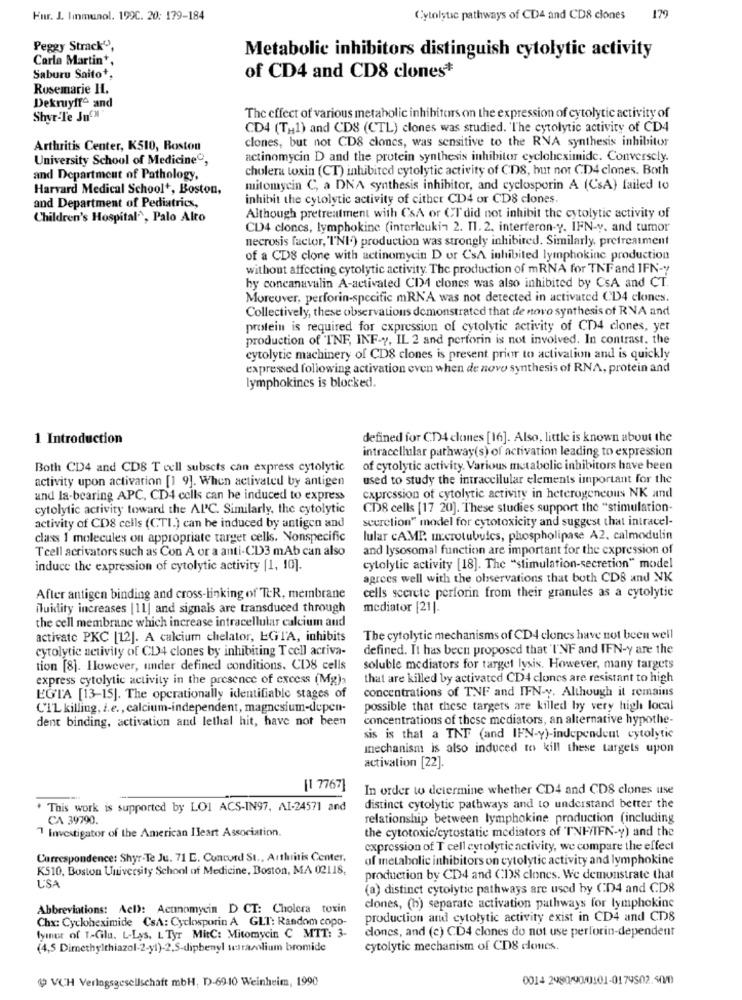
Hur. J. Immunol. 199C. 20: 179-184
Cytolytic pathways of CD4 and CDS clones 179
Peggy Strack",
Carla Martin *,
Metabolic inhibitors distinguish cytolytic activity
of CD4 and CD8 clones*
Saburu Saito+,
Rosemarie IL.
Dekruyff and
Shur-Te JnCM
The effect of various metabolic inhibitors on the expression of cytolytic activity of
CD4 (TH1) and CD8 (CTL) clones was studied. The cytolytic activity of CD4
clones, but not CDS clones, was sensitive to the RNA synthesis inhibitor
Arthritis Center, K510, Roston
University School of Medicine,
actinomycin D and the protein synthesis inhibitor cycloheximide. Conversely.
cholera toxin (CT) inhibited cytolytic activity of CDS, but not CD4 clones. Both
and Department of Pathology,
Harvard Medical School+, Boston,
mitomycin C, a DNA synthesis inhibitor, and cyclosporin A (CsA) failed to
inhibit the cytolytic activity of cither CD4 or CDS clones.
and Department of Pediatrics,
Children's Hospital, Palo Alto
Although pretreatment with CSA or CT did not inhibit the cytolytic activity of
CD4 clones, lymphokine (interleukin 2. 11. 2. interferon-Y. IFN-y. and tumor
necrosis factor, "INI.) production was strongly inhibited. Similarly, pretreatment
of a CD8 clone with actinomycin D or CsA inhibited lymphokine production
without affecting cytolytic activity. The production of mRNA for TNF and IFN-"
by concanavalin A-activated CD4 clones was also inhibited by CsA and CT.
Moreover, perforin-specific mRNA was not detected in activated CD4 clones.
Collectively, these observations demonstrated that de novo synthesis of RNA and
protein is required for expression of cytolytic activity of CD4 clones, yer
production of INF, INF-", IL 2 and perforin is not involved. In contrast. the
cytolytic machinery of CD8 clones is present prior to activation and is quickly
expressed following activation even when de novo synthesis of RNA, protein and
lymphokincs is blocked.
1 Introduction
defined for CT4 clones [16]. Also, little is known about the
intracellular pathway(s) of activation leading to expression
Both CD4 and CD8 T cell subsets can express cytolytic
of cytolytic activity. Various metabolic inhibitors have been
activity upon activation [1 9]. When activated by antigen
used to study the intraccilular elements important for the
und la-bearing APC, CD4 cells can he induced to express
expression of cytolytic activity in heterogeneous NK and
cytolytic activity toward the AIC. Similarly, the cytolytic
CD8 cells [17 20]. These studies support the "stimulation-
scurelion" model for cytotoxicity and suggest that intracel-
activity of CD8 cells (CTI.) can be induced by antigen and
class I molecules on appropriate target cells. Nonspecific
lular cAMP. m.crotubulcs, phospholipase A2. calmodulin
Tcell acrivators such as Con A or a anti-CD3 mAb can also
and lysosomal function are important for the expression of
induce the expression of cytolytic activity [1, 10].
cytolylic activity [18]. The "stimulation-secretion" model
agrees well with the observations that both CDB and NK
After antigen binding and cross-linking of TeR, membrane
cells scerete perforin from their granules as a cytolytic
fluidity increases [11] and signals are transduced through
mediator [21].
the cell membrane which increase intracellular calcium and
activate PKC [12]. A calcium chelator, EGIA, inhibits
The cytolytic mechanisms of CD4 clones have not been well
cytolytic activity of CD4 clones by inhibiting T cell activa-
defined. It has been proposed that 'I'NF and IFN-y are the
tion [8]. However, under defined conditions. CD8 cells
soluble mediators for target lysis. However, many targets
express cytolytic activity in the presence of excess (Mg)>
that are killed by activated CD4 clones are resistant to high
concentrations of TNF and IFN-y. Although it remains
EGTA [13-15]. The operationally identifiable stages of
CTL killing, i.e ., calcium-independent, magnesium-depen-
possible that these targets are killed by very high local
dent binding, activation and lethal hit, have not been
concentrations of these mediators, an alternative hypothe-
sis is that a TNT (and IFN-y)-independent cytolytic
mechanism is also induced to kill these targets upon
activation [22].
[1 7767]
In order to determine whether CD4 and CDS clones use
* This work is supported by LOI ACS-IN97, AI-24571 and
distinct cytolytic pathways and to understand better the
CA 39790.
relationship between lymphokine production (including
7 Investigator of the American Heart Association.
the cytotoxic/cytostatie mediators of TNF/IFN-y) and the
expression of T cell cytolytic activity, we compare the effect
Correspondence: Shyr-Te Ju. 71 E. Concord St ., Arthritis Center,
of metabolic inhibitors on cytolytic activity and lymphokine
K510, Boston University School of Medicine, Boston, MA 02118,
L'SA
production by CD4 and CDS clones. We demonstrate that
(a) distinct cytolytic pathways are used by CD4 and CD8
Abbreviations: Acl): Actinomycin D CT: Cholera toxin
clones, (b) separate activation pathways for lymphokine
Chx: Cycloheximide CSA: Cyclosporin A "GLT: Random copo-
production and cytolytic activity exist in CD4 and CD8
clones, and (c) CD4 clones do not use perforin-dependent
fymur of T-Glu, L-Lys, L Tyr MitC: Mitomycin C MTT: 3-
(4,5 Dimethylthiazol-2-yl)-2.S-diphenyl tetrarolium bromide
cytolytic mechanism of CD8 clones.
1 VCH Verlagsgesellschaft mbH, D-69-10 Weinheim, 1990
0014 2480/90/0101-0179502.500